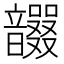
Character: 𩑇